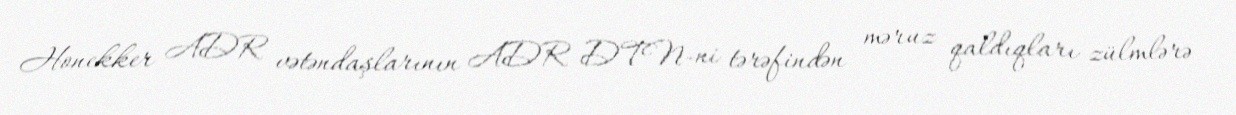
Honekker ADR vətəndaşlarının ADR DTN-ni tərəfindən məruz qaldıqları zülmlərə